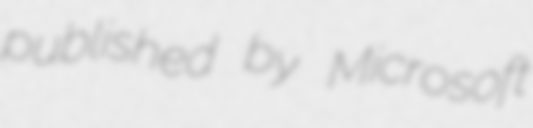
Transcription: published by Microsoft